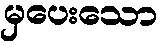
မှပေးသော